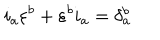
LaTeX: i _ { a } \varepsilon ^ { b } + \varepsilon ^ { b } i _ { a } = \delta _ { a } ^ { b }